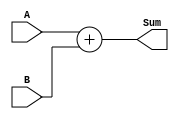
module Adder (
    //Inputs
    input [31:0] A,
    input [31:0] B,

    //Outputs
    output reg [31:0] Sum
);

always @(A,B) begin
    Sum <= A + B;
end
endmodule